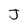
Character: J